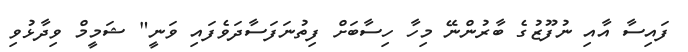
ފައިސާ އާއި ނުފޫޒުގެ ބާރުންނޭ މިހާ ހިސާބަށް ފިތުނަފަސާދަވެފައި ވަނީ" ޝަމީމް ވިދާޅުވި